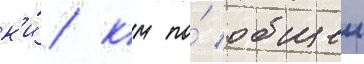
к'и́/ км по́ общеи